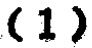
$(1)$